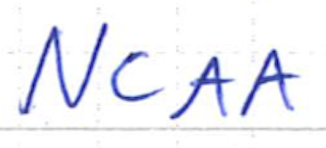
Text: NCAA
Cross-out: clean
Writing tool: ballpoint